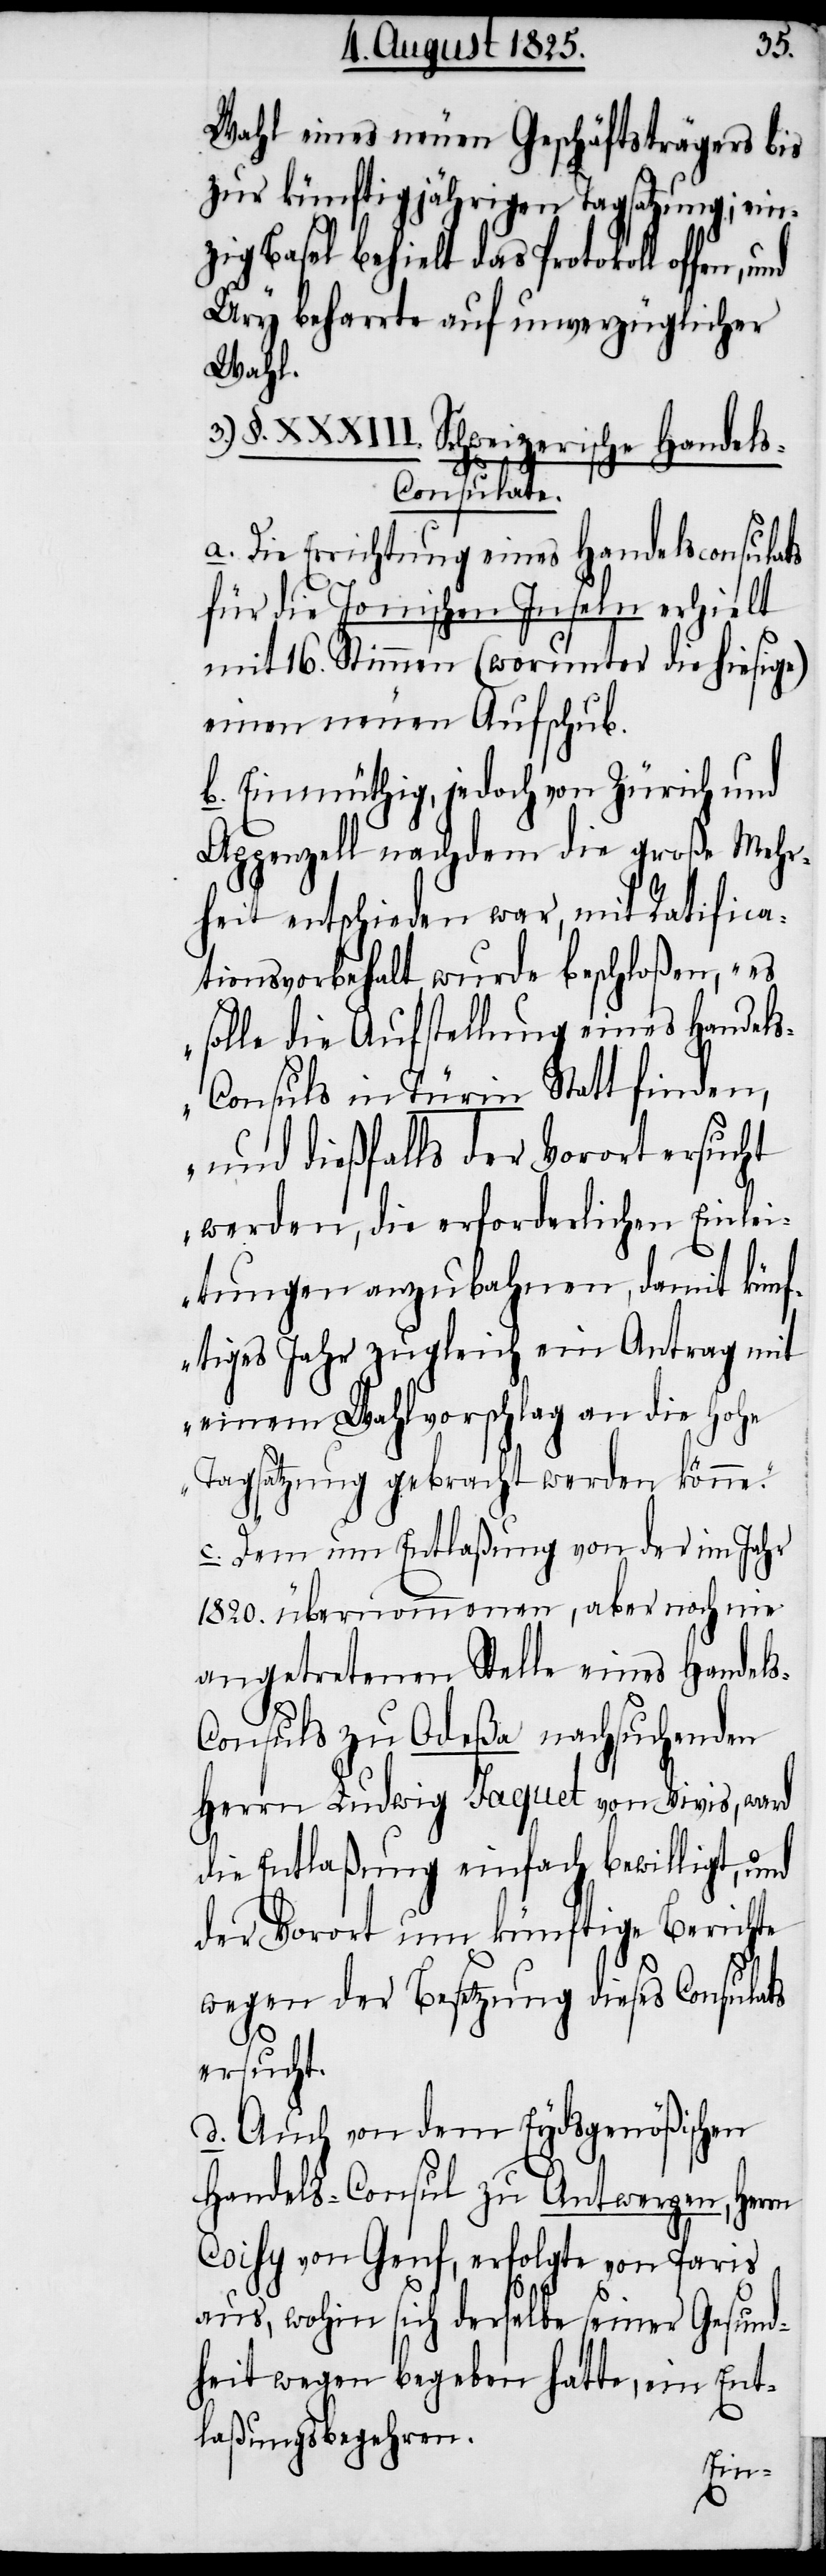
Wahl eines neuen Geschäftsträgers bis
zur künftig jährigen Tagsatzung ; ein¬
zig Basel behielt das Protokoll offen,
Ury beharrte auf unverzüglicher
Wahl.
3.) §. XXXIII. Schweizerische Handel¬
s-Consulate.
a. Die Errichtung eines Handelsconsulats
für die Jonischen Inseln erhielt
mit 16. Stimmen (worunter die hiesige)
einen neuen Aufschub.
b. Einmüthig, jedoch von Zürich und
Appenzell nachdem die große Mehr¬
heit entschieden war, mit Ratifica¬
tionsvorbehalt wurde beschloßen, „es
solle die Aufstellung eines Handel¬
s-Consuls in Türin Statt finden,
und dießfalls der Vorort ersucht
werden, die erforderlichen Einlei¬
tungen anzubahnen, damit künf¬
tiges Jahr zugleich ein Antrag mit
einem Wahlvorschlag an die hohe
Tagsatzung gebracht werden könne“.
c. Dem um Entlaßung von der im Jahr
1820. übernommenen, aber noch nie
angetretenen Stelle eines Handel¬
s-Consuls zu Odeßa nachsuchenden
Herrn Ludwig Jaquet von Vivis, ward
die Entlaßung einfach bewilligt, und
der Vorort um künftige Berichte
wegen der Besetzung dieses Consulats
ersucht.
d. Auch von dem Eydsgenößischen
Handels-Consuls zu Antwerpen, Herrn
Coisy von Genf, erfolgte von Paris
aus, wohin sich derselbe seiner Gesund¬
heit wegen begeben hatte, ein Ent¬
laßungsbegehren.